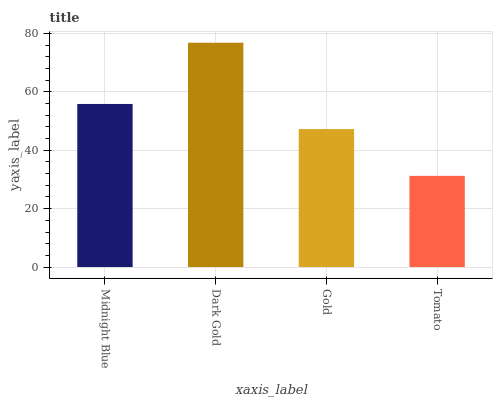
| xaxis_label | bars |
 | --- | --- |
 | Midnight Blue | 55.9 |
 | Dark Gold | 76.9 |
 | Gold | 47.3 |
 | Tomato | 31.2 |